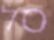
סל